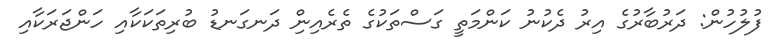
ފުލުހުން: ދަރުބާރުގެ އިރު ދެކުނު ކަންމަތީ ގަސްތަކުގެ ތެރެއިނިް ދަނގަނޑު ބުރިތަކަކާއި ހަންޖަރަކާއި